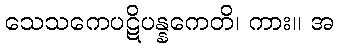
သေသကေပဋိပန္နကေတိ၊ ကား။ အ